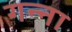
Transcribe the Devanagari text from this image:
गन्‍ना